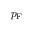
p _ { \mathrm { { F } } }